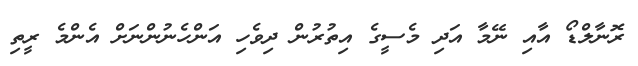
ރޮނާލްޑޯ އާއި ނޭމާ އަދި މެސީގެ އިތުރުން ދިވެހި އަންހެނުންނަށް އެންމެ ރީތި